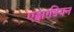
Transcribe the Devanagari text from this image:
एड्वारडियन